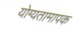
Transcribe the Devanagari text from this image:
योग्यतामापक